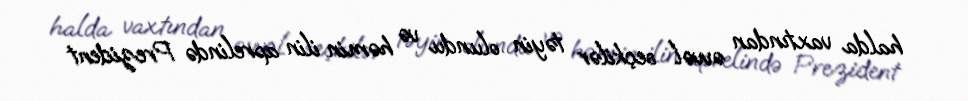
halda vaxtından əvvəl seçkilər təyin olundu və həmin ilin aprelində Prezident